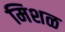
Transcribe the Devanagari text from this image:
मिशळ